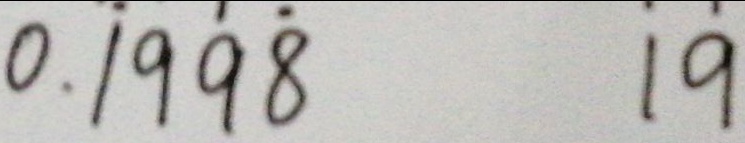
0 . \dot { 1 } 9 9 \dot { 8 } 1 9